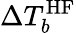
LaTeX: \Delta T_{b}^{\mathrm{HF}}